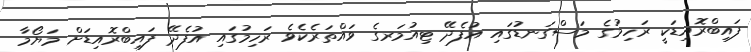
ފައިބްރޮއިޑަކީ ރަހިމުގެ މަސްގަނޑުގައި އުފެދޭ ޓިއުމަރގެ ވައްތަރެކެވެ ރަހިމުގައި އުފެދޭ ފައިބްރޮއިޑަށް މަޔޯމާ